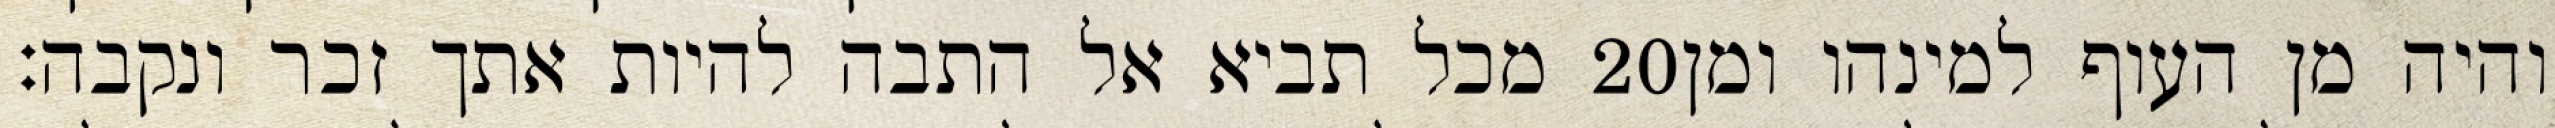
מכל תביא אל התבה להיות אתך זכר ונקבה׃ ‎20‏ והיה מן העוף למינהו ומן